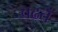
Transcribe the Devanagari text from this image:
चढतं